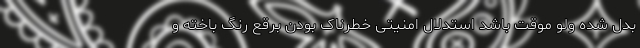
بدل شده ولو موقت باشد استدلال امنیتی خطرناک بودن برقع رنگ باخته و